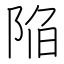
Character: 陥